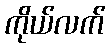
ကိုယ်လက်